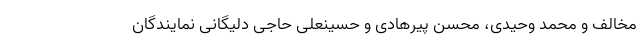
مخالف و محمد وحیدی، محسن پیرهادی و حسینعلی حاجی دلیگانی نمایندگان